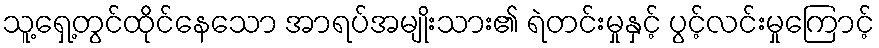
သူ့ရှေ့တွင်ထိုင်နေသော အာရပ်အမျိုးသား၏ ရဲတင်းမှုနှင့် ပွင့်လင်းမှုကြောင့်